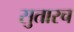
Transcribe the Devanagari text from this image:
सुतारच